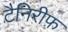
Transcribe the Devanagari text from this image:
टैनिरीफ़